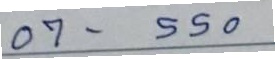
07 - 550